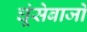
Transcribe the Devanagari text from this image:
घूंसेबाजों